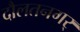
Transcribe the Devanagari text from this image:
दौलतनगर्